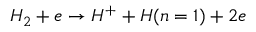
H _ { 2 } + e \rightarrow H ^ { + } + H ( n = 1 ) + 2 e